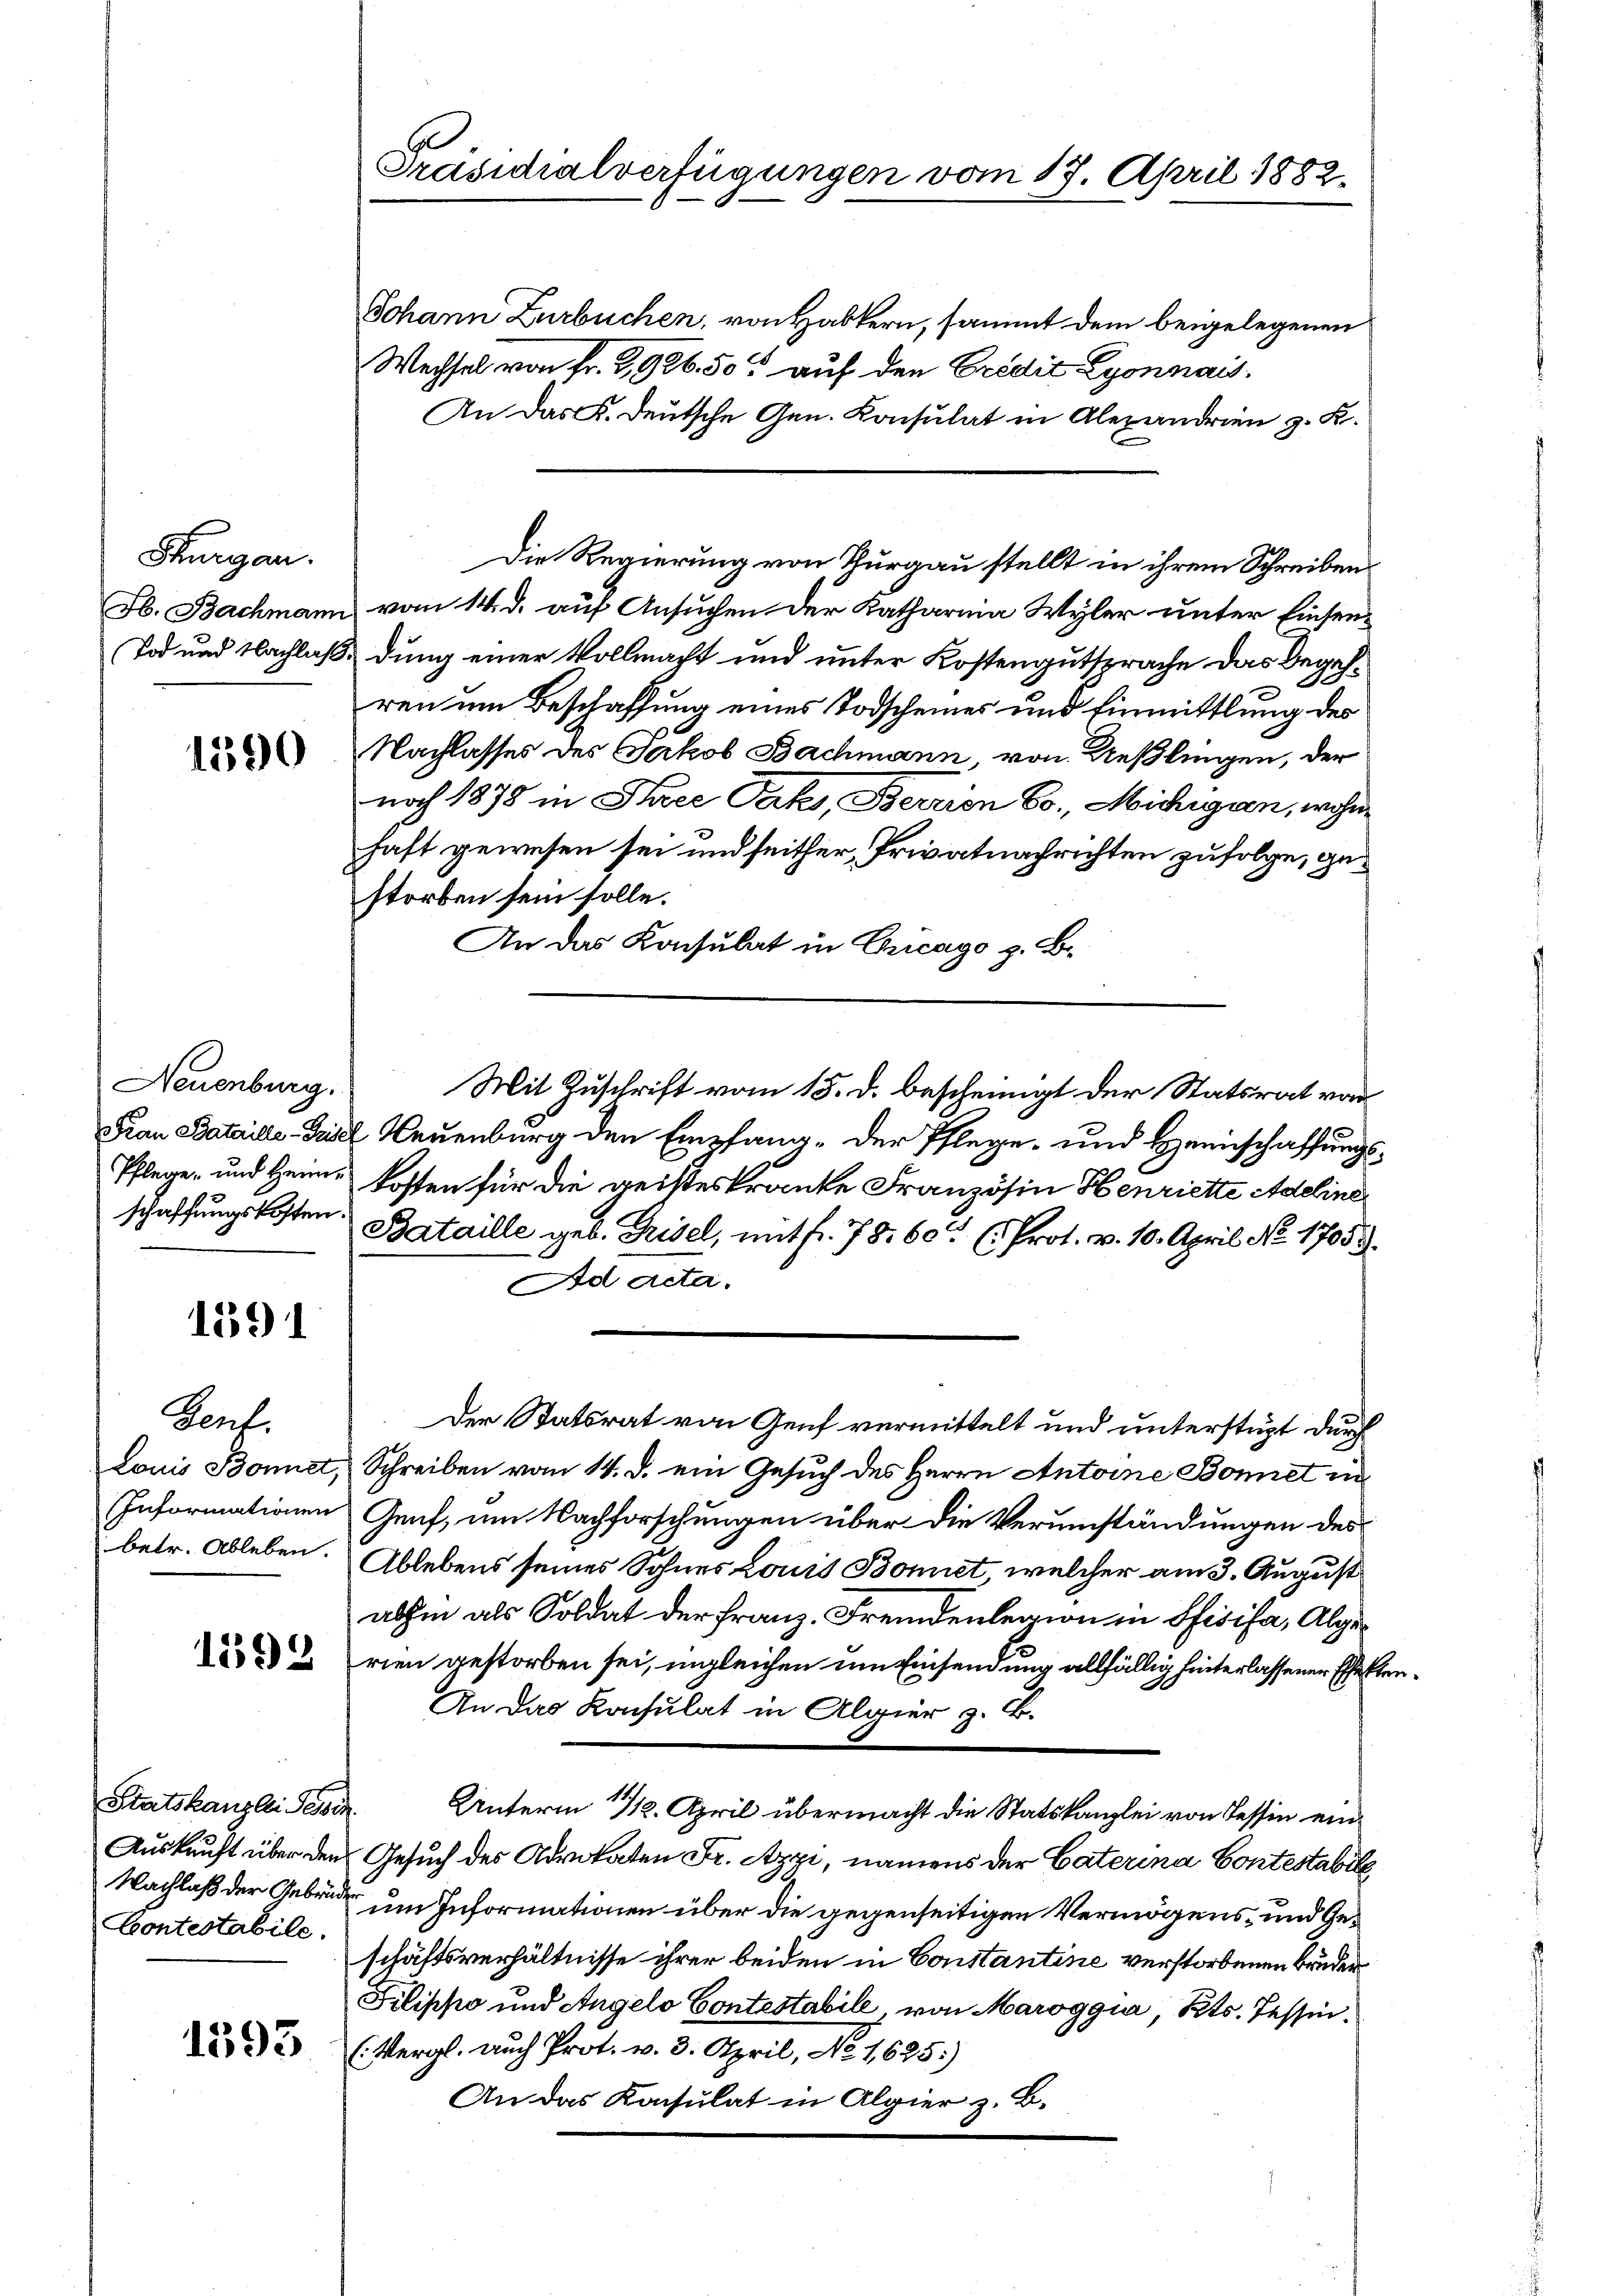
Shurgau.

1590

Neuenburg.
schaffungskosten.

1591

Gent.
Louis Bonnet,
Informationen
betr. Ableben.

1598

Statskanzlei Besc
Contestabile.

1593

Präsidialverfügungen vom 17. April 1882.

Johann Zurbuchen, von Habkern, sammt dem beigelegenen
Wechsel von Fr. 2926.50 auf den Credit Lyonnais
An das K. Deutsche Gen. Consulat in Alexandrien z. K.
Jb. Bachmann vom 14. d. auf Ansuchen der Katharina Wyler unter Einsen¬
Tod und Nachlaß, dung einer Vollmacht und unter Kostengutsprache das Begehren um Beschaffung eines Todscheines und Einmittlung des
Nachlasses des Jakob Bachmann, von Ueßlingen, der
noch 1875 in Thee Sachs, Berrien Co. Michigien, wohne
haft gewesen sei und seither, Privatnachrichten zufolge, gestorben sein solle.
An das Konsulat in Cricago z. B.
Fian Bataille-Gritl Neuenburg den Empfang- der Pflege- und Heimschaffungs¬
Pflege, und Heim kosten für die geisteskranke Französin Henriette Adeline
Bataille geb. Frisel, mit fr. 78. 60 (Prot. v. 10. April No 17053.
Ad acta.
Der Statsrat von Genf vermittelt und unterstügt durch
Schreiben vom 14. d. ein Gesuch des Herrn Antoine Bonnet in
Genf, um Nachforschungen über die Verumständungen des
Ablebens seines Sohnes Louis Bonet, welcher am 3. August
abhin als Soldat der Franz, Fremdenlegion in Pfisifa, Algerien gestorben sei, imgleichen um Einsendung allfällig hinterlassener Effekten¬
An das Konsulat in Algier z. B.
Unterm 11/12. April übermacht die Statskanzlei von Tessin ein¬
Auskunft über den Gesuch des Advokaten Fr. Appi, namens der Caterina Contestabile
Nachlaß der Gebrüder um Informationen über die gegenseitigen Vermögens- und Geschäftsverhältnisse ihrer beiden in Constantine verstorbenen Bruder
Filippo und Angelo Contestabile, von Maroggia, Kts. Tessin¬
(Vergl. auch Prot. v. 3. April, No 1625)
An das Konsulat in Algier z. B.

Die Regierung von Thurgau stellt in ihrem Schreiben

Mit Zuschrift vom 15. d. bescheinigt der Statsrat von